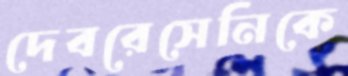
দেবরেসেনিকে